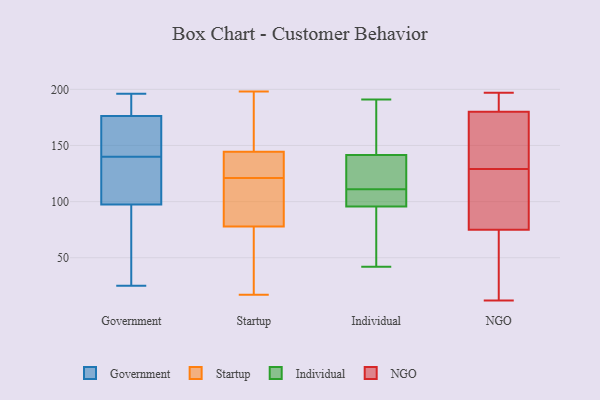
{"axis": {"x": "Backlog", "y": "Value"}, "legend": ["Government", "Individual", "NGO", "Startup"], "data": [{"x": "", "y": 140, "type": "Government"}, {"x": "", "y": 193, "type": "Government"}, {"x": "", "y": 176, "type": "Government"}, {"x": "", "y": 111, "type": "Government"}, {"x": "", "y": 90, "type": "Government"}, {"x": "", "y": 99, "type": "Government"}, {"x": "", "y": 196, "type": "Government"}, {"x": "", "y": 177, "type": "Government"}, {"x": "", "y": 93, "type": "Government"}, {"x": "", "y": 25, "type": "Government"}, {"x": "", "y": 175, "type": "Government"}, {"x": "", "y": 131, "type": "Government"}, {"x": "", "y": 141, "type": "Government"}, {"x": "", "y": 87, "type": "Startup"}, {"x": "", "y": 121, "type": "Startup"}, {"x": "", "y": 158, "type": "Startup"}, {"x": "", "y": 122, "type": "Startup"}, {"x": "", "y": 38, "type": "Startup"}, {"x": "", "y": 125, "type": "Startup"}, {"x": "", "y": 86, "type": "Startup"}, {"x": "", "y": 36, "type": "Startup"}, {"x": "", "y": 140, "type": "Startup"}, {"x": "", "y": 94, "type": "Startup"}, {"x": "", "y": 97, "type": "Startup"}, {"x": "", "y": 179, "type": "Startup"}, {"x": "", "y": 53, "type": "Startup"}, {"x": "", "y": 198, "type": "Startup"}, {"x": "", "y": 161, "type": "Startup"}, {"x": "", "y": 17, "type": "Startup"}, {"x": "", "y": 123, "type": "Startup"}, {"x": "", "y": 187, "type": "Individual"}, {"x": "", "y": 138, "type": "Individual"}, {"x": "", "y": 107, "type": "Individual"}, {"x": "", "y": 119, "type": "Individual"}, {"x": "", "y": 66, "type": "Individual"}, {"x": "", "y": 140, "type": "Individual"}, {"x": "", "y": 98, "type": "Individual"}, {"x": "", "y": 58, "type": "Individual"}, {"x": "", "y": 142, "type": "Individual"}, {"x": "", "y": 60, "type": "Individual"}, {"x": "", "y": 101, "type": "Individual"}, {"x": "", "y": 42, "type": "Individual"}, {"x": "", "y": 191, "type": "Individual"}, {"x": "", "y": 95, "type": "Individual"}, {"x": "", "y": 111, "type": "Individual"}, {"x": "", "y": 163, "type": "Individual"}, {"x": "", "y": 103, "type": "Individual"}, {"x": "", "y": 117, "type": "Individual"}, {"x": "", "y": 142, "type": "Individual"}, {"x": "", "y": 183, "type": "NGO"}, {"x": "", "y": 75, "type": "NGO"}, {"x": "", "y": 130, "type": "NGO"}, {"x": "", "y": 145, "type": "NGO"}, {"x": "", "y": 89, "type": "NGO"}, {"x": "", "y": 180, "type": "NGO"}, {"x": "", "y": 162, "type": "NGO"}, {"x": "", "y": 194, "type": "NGO"}, {"x": "", "y": 80, "type": "NGO"}, {"x": "", "y": 197, "type": "NGO"}, {"x": "", "y": 58, "type": "NGO"}, {"x": "", "y": 128, "type": "NGO"}, {"x": "", "y": 60, "type": "NGO"}, {"x": "", "y": 12, "type": "NGO"}]}